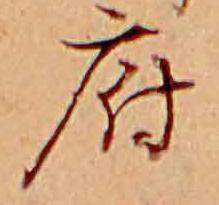
府